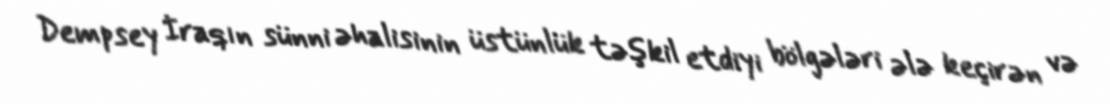
Dempsey İraqın sünni əhalisinin üstünlük təşkil etdiyi bölgələri ələ keçirən və